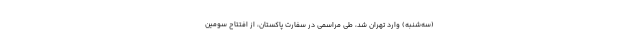
(سه‌شنبه) وارد تهران شد، طی مراسمی در سفارت پاکستان، از افتتاح سومین